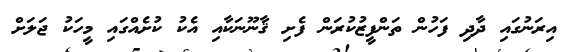
އިރަނުގައި ދާދި ފަހުން ތަންފީޒުކުރަން ފެށި ޤާނޫނަކާއި އެކު ކުށެއްގައި މީހަކު ޖަލަށް